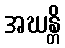
အဃန္တိ